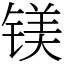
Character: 镁